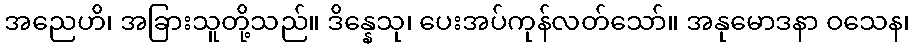
အညေဟိ၊ အခြားသူတို့သည်။ ဒိန္နေသု၊ ပေးအပ်ကုန်လတ်သော်။ အနုမောဒနာ ဝသေန၊